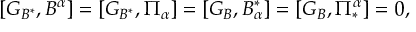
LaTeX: [ G _ { B ^ { \ast } } , B ^ { \alpha } ] = [ G _ { B ^ { \ast } } , \Pi _ { \alpha } ] = [ G _ { B } , B _ { \alpha } ^ { \ast } ] = [ G _ { B } , \Pi _ { \ast } ^ { \alpha } ] = 0 ,